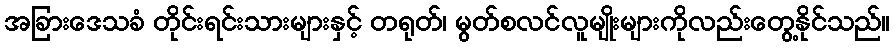
အခြားဒေသခံ တိုင်းရင်းသားများနှင့် တရုတ်၊ မွတ်စလင်လူမျိုးများကိုလည်းတွေ့နိုင်သည်။